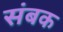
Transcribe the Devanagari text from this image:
संबक